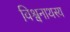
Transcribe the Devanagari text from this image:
विश्वनाथस्य